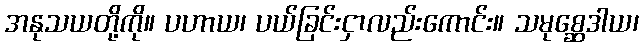
အနုသယတို့ကို။ ပဟာယ၊ ပယ်ခြင်းငှာလည်းကောင်း။ သမုစ္ဆေဒါယ၊